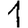
Digit: 1